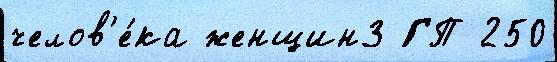
челов'е́ка женщин3 ГП 250